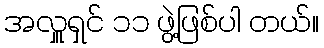
အလှူရှင် ၁၁ ဖွဲ့ဖြစ်ပါ တယ်။